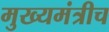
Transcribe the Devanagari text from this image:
मुख्यमंत्रीच